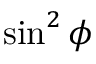
{ \sin ^ { 2 } \phi }